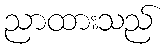
ညာထားသည်